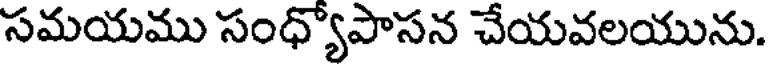
సమయము సంధ్యోపాసన చేయవలయును.